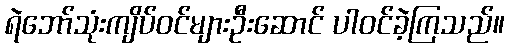
ရဲဘော်သုံးကျိပ်ဝင်များဦးဆောင် ပါဝင်ခဲ့ကြသည်။